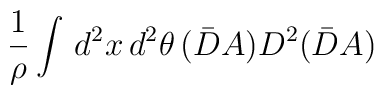
\frac{1}{\rho} \int \, d^2x \, d^2 \theta \, (\bar{D} A)D^2 (\bar{D}A)